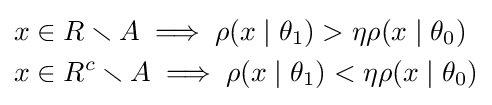
{\begin{aligned}x\in {}&R\smallsetminus A\implies \rho (x\mid \theta _{1})>\eta \rho (x\mid \theta _{0})\\x\in {}&R^{c}\smallsetminus A\implies \rho (x\mid \theta _{1})<\eta \rho (x\mid \theta _{0})\end{aligned}}